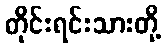
တိုင်းရင်းသားတို့